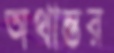
অথান্তর